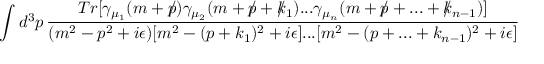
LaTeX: \int d ^ { 3 } p \, \frac { T r [ \gamma _ { \mu _ { 1 } } ( m + \slash \! \! \! p ) \gamma _ { \mu _ { 2 } } ( m + \slash \! \! \! p + \slash \! \! \! k _ { 1 } ) . . . \gamma _ { \mu _ { n } } ( m + \slash \! \! \! p + . . . + \slash \! \! \! k _ { n - 1 } ) ] } { ( m ^ { 2 } - p ^ { 2 } + i \epsilon ) [ m ^ { 2 } - ( p + k _ { 1 } ) ^ { 2 } + i \epsilon ] . . . [ m ^ { 2 } - ( p + . . . + k _ { n - 1 } ) ^ { 2 } + i \epsilon ] }